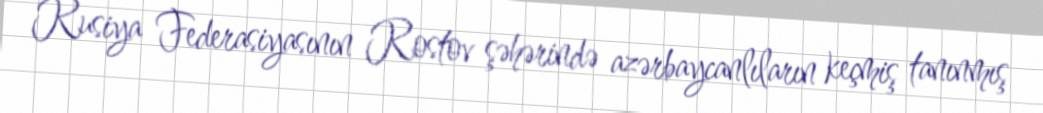
Rusiya Federasiyasının Rostov şəhərində azərbaycanlıların keçmiş tanınmış